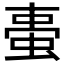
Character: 𧋌